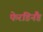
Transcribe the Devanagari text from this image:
फेरडिनैंड